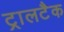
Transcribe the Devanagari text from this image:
ट्रालटैक